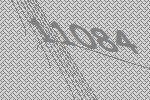
11084